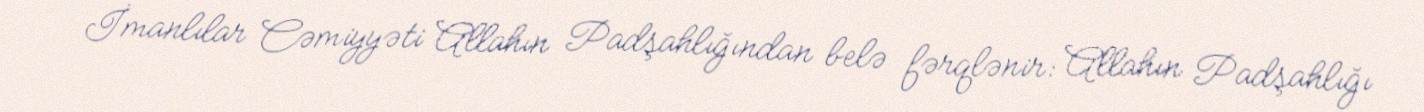
İmanlılar Cəmiyyəti Allahın Padşahlığından belə fərqlənir: Allahın Padşahlığı